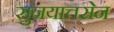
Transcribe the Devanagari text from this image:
सुनयात्तसेन